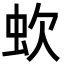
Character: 㰩